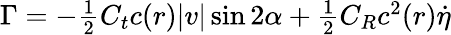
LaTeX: \begin{array}{r}{\Gamma=-\frac{1}{2}C_{t}c(r)|v|\sin 2\alpha+\frac{1}{2}C_{R}c^{2}(r)\dot{\eta}}\end{array}